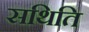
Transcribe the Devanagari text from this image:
सथिति